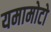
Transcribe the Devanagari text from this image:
यमामोटो